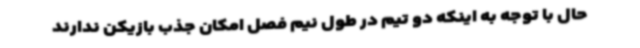
حال با توجه به اینکه دو تیم در طول نیم فصل امکان جذب بازیکن ندارند